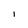
Character: l